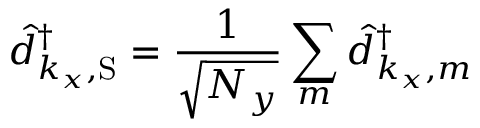
\hat { d } _ { k _ { x } , \mathrm { S } } ^ { \dagger } = \frac { 1 } { \sqrt { N _ { y } } } \sum _ { m } \hat { d } _ { k _ { x } , m } ^ { \dagger }